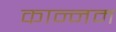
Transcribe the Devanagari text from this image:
कान्नम